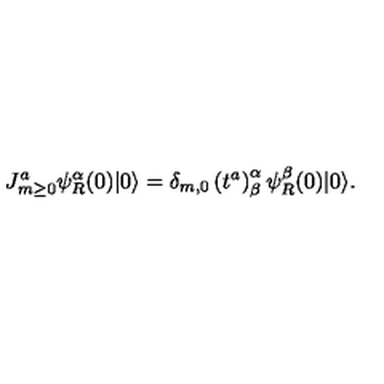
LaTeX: J _ { m \ge 0 } ^ { a } \psi _ { R } ^ { \alpha } ( 0 ) | 0 \rangle = \delta _ { m , 0 } \left( t ^ { a } \right) _ { \beta } ^ { \alpha } \psi _ { R } ^ { \beta } ( 0 ) | 0 \rangle .